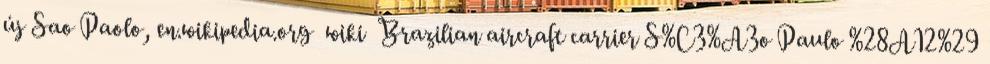
új Sao Paolo, en.wikipedia.org wiki Brazilian aircraft carrier S%C3%A3o Paulo %28A12%29